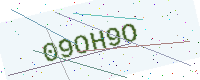
Text: 09OH9O